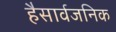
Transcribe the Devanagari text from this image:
हैसार्वजनिक